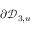
\partial \mathcal { D } _ { 3 , u }